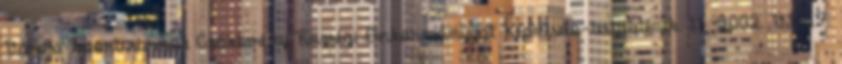
Városi Sportcsarnok Csákberény Községi Önkormányzat Képviselo-testületének. 11 2002. VI. 27.